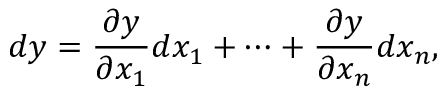
d y = { \frac { \partial y } { \partial x _ { 1 } } } d x _ { 1 } + \cdots + { \frac { \partial y } { \partial x _ { n } } } d x _ { n } ,